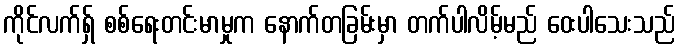
ကိုင်လက်ရှ် စစ်ရေးတင်းမာမှုက နောက်တခြမ်းမှာ တက်ပါလိမ့်မည် ဝေးပါသေးသည်